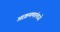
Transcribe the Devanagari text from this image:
आक्रमणांमध्ये